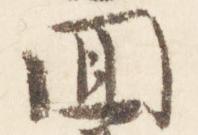
回